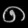
Digit: ၈